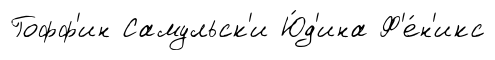
Гофф'ин Самульск'и Ю́д'ина Ф'е́н'икс